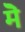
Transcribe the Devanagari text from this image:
मेॆ